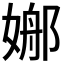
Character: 𡟦